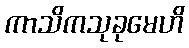
ကာသိကသုခုမေဟိ